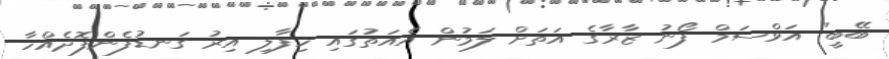
ބޭބީ" އަވްސަމް ފޯނު ޒާރާގެ އަތަށް ލަމުން އެއަތުގައި ހިފާލި އިރު ގަނޑުފެންފޮދެއްހާ